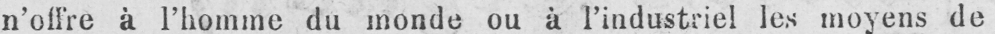
n’offre à l’homme du monde ou à l’industriel les moyens de